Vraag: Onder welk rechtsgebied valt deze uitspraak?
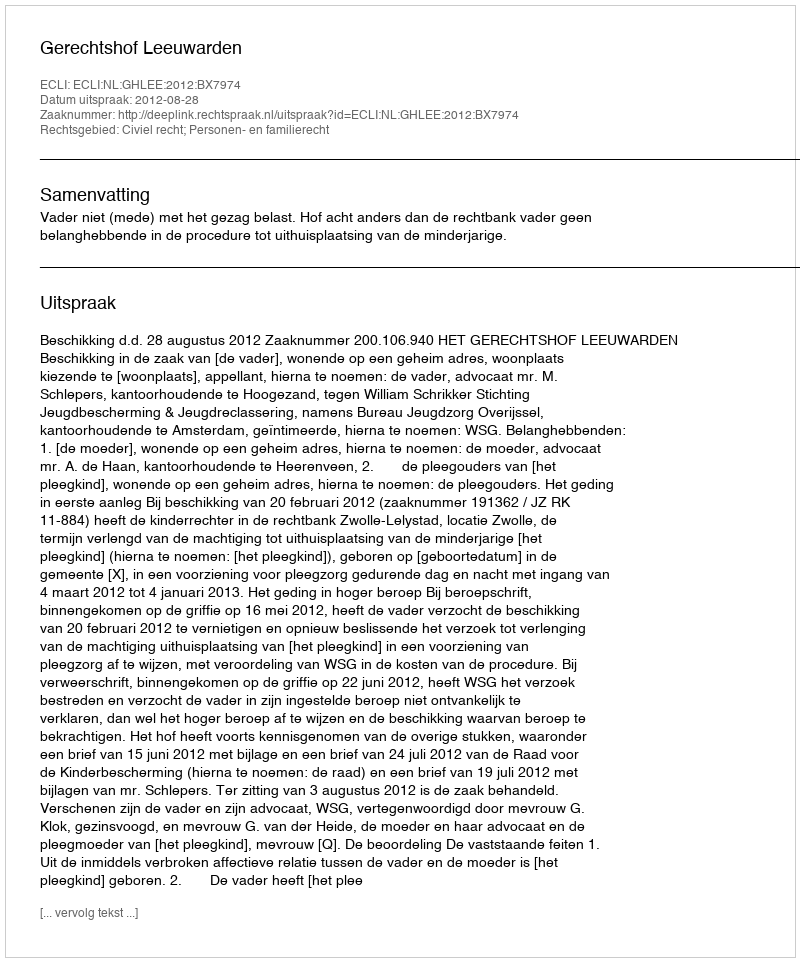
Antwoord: Civiel recht; Personen- en familierecht